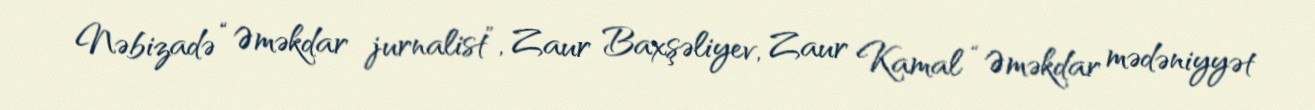
Nəbizadə “Əməkdar jurnalist”, Zaur Baxşəliyev, Zaur Kamal “Əməkdar mədəniyyət